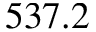
5 3 7 . 2